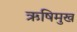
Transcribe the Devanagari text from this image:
ऋषिमुख